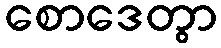
စောဒေတွာ